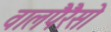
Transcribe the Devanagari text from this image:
वालपैरैसो